Lyperosia minuta, Bezzi - Number 59
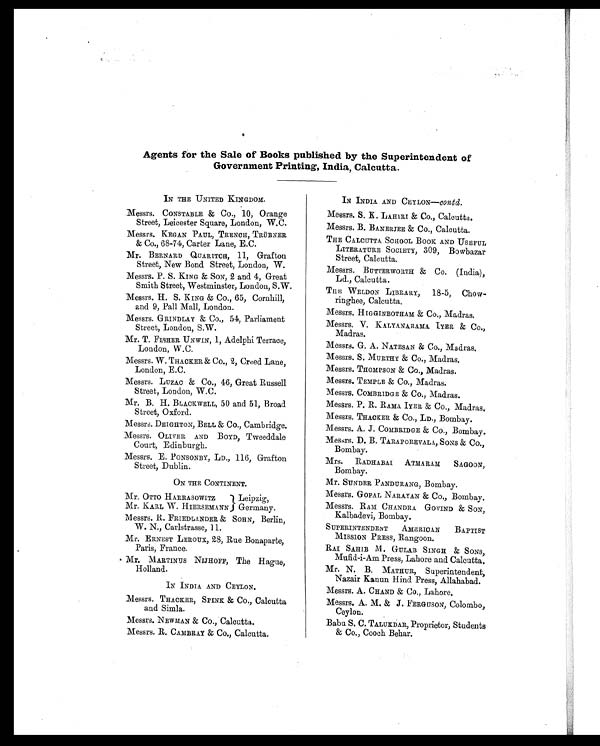
Agents for the Sale of Books published by the Superintendent of
Government Printing, India, Calcutta.
IN THE UNITED KINGDOM.
.Messrs. CONSTABLE & CO., 10, Orange
Street, Leicester Square, London, W.C.
Messrs. KEGAN PAUL, TRENCH, TRÜBNER
& CO., 68-74, Carter Lane, E.C.
Mr. BERNARD QUARITCH, 11, Grafton
Street, New Bond Street, London, W.
Messrs. P. S. KING & SON, 2 and 4, Great
Smith Street, Westminster, London, S.W.
Messrs. H. S. KING & CO., 65, Cornhill,
and 9, Pall Mall, London.
Messrs. GRINDLAY & CO., 54, Parliament
Street, London, S.W.
Mr. T. FISHER UNWIN, 1, Adelphi Terrace,
London, W.C.
Messrs. W. THACKER & CO., 2, Creed Lane,
London, E.C.
Messrs. LUZAC & CO., 46, Great Russell
Street, London, W.C.
Mr. B. H. BLACKWELL, 50 and 51, Broad
Street, Oxford.
Messrs. DEIGHTON, BELL & CO., Cambridge.
Messrs. OLIVER AND BOYD, Tweeddale
Court, Edinburgh.
Messrs. E. PONSONBY, LD., 116, Grafton
Street, Dublin.
ON THE CONTINENT.
Mr. OTTO HARRASOWITZ
Leipzig,
Mr. KARL W. HIERSEMANN Germany.
Messrs. R. FRIEDLANDER & SOHN, Berlin,
W. N., Carlstrasse, 11.
Mr. ERNEST LEROUX, 28, Rue Bonaparte,
Paris, France.
Mr. MARTINUS NIJHOFF, The Hague,
Holland.
IN INDIA AND CEYLON.
Messrs. THACKER, SPINK & CO., Calcutta
and Simla.
Messrs. NEWMAN & CO., Calcutta.
Messrs. R. CAMBRAY & CO., Calcutta.
IN INDIA AND CEYLON—contd.
Messrs. S. K LAHIRI & CO., Calcutta.
Messrs. B. BANERJEE & CO., Calcutta.
THE CALCUTTA SCHOOL BOOK AND USEFUL
LITERATURE SOCIETY, 309, Bowbazar
Street, Calcutta.
Messrs. BUTTERWORTH & CO. (India),
Ld., Calcutta.
THE WELDON LIBRARY, 18-5, Chow-
ringhee, Calcutta.
Messrs. HIGGINBOTHAM & CO., Madras.
Messrs. V. KALYANARAMA IYER & CO.,
Madras.
Messrs. G. A. NATESAN & CO., Madras.
Messrs. S. MURTHY & CO., Madras.
Messrs. THOMPSON & CO., Madras.
Messrs. TEMPLE & CO., Madras.
Messrs. COMBRIDGE & CO., Madras.
Messrs. P. R. RAMA IYER & CO., Madras.
Messrs. THACKER & CO., LD., Bombay.
Messrs. A. J. COMBRIDGE & CO., Bombay.
Messrs. D. B. TARAPOREVALA, SONS & CO.,
Bombay.
Mrs. RADHABAI ATMARAM SAGOON,
Bombay.
Mr. SUNDER PANDURANG, Bombay.
Messrs. GOPAL NARAYAN & CO., Bombay.
Messrs. RAM CHANDRA GOVIND & SON,
Kalbadevi, Bombay.
SUPERINTENDENT AMERICAN BAPTIST
MISSION PRESS, Rangoon.
RAI SAHIB M. GULAB SINGH & SONS,
Mufid-i-Am Press, Lahore and Calcutta.
Mr. N. B. MATHUR, Superintendent,
Nazair Kanun Hind Press, Allahabad.
Messrs. A. CHAND & CO., Lahore.
Messrs. A. M. & J. FERGUSON, Colombo,
Ceylon.
Babu S. C. TALUKDAR, Proprietor, Students
& CO., Cooch Behar.